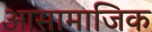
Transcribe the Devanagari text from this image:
आसामाजिक